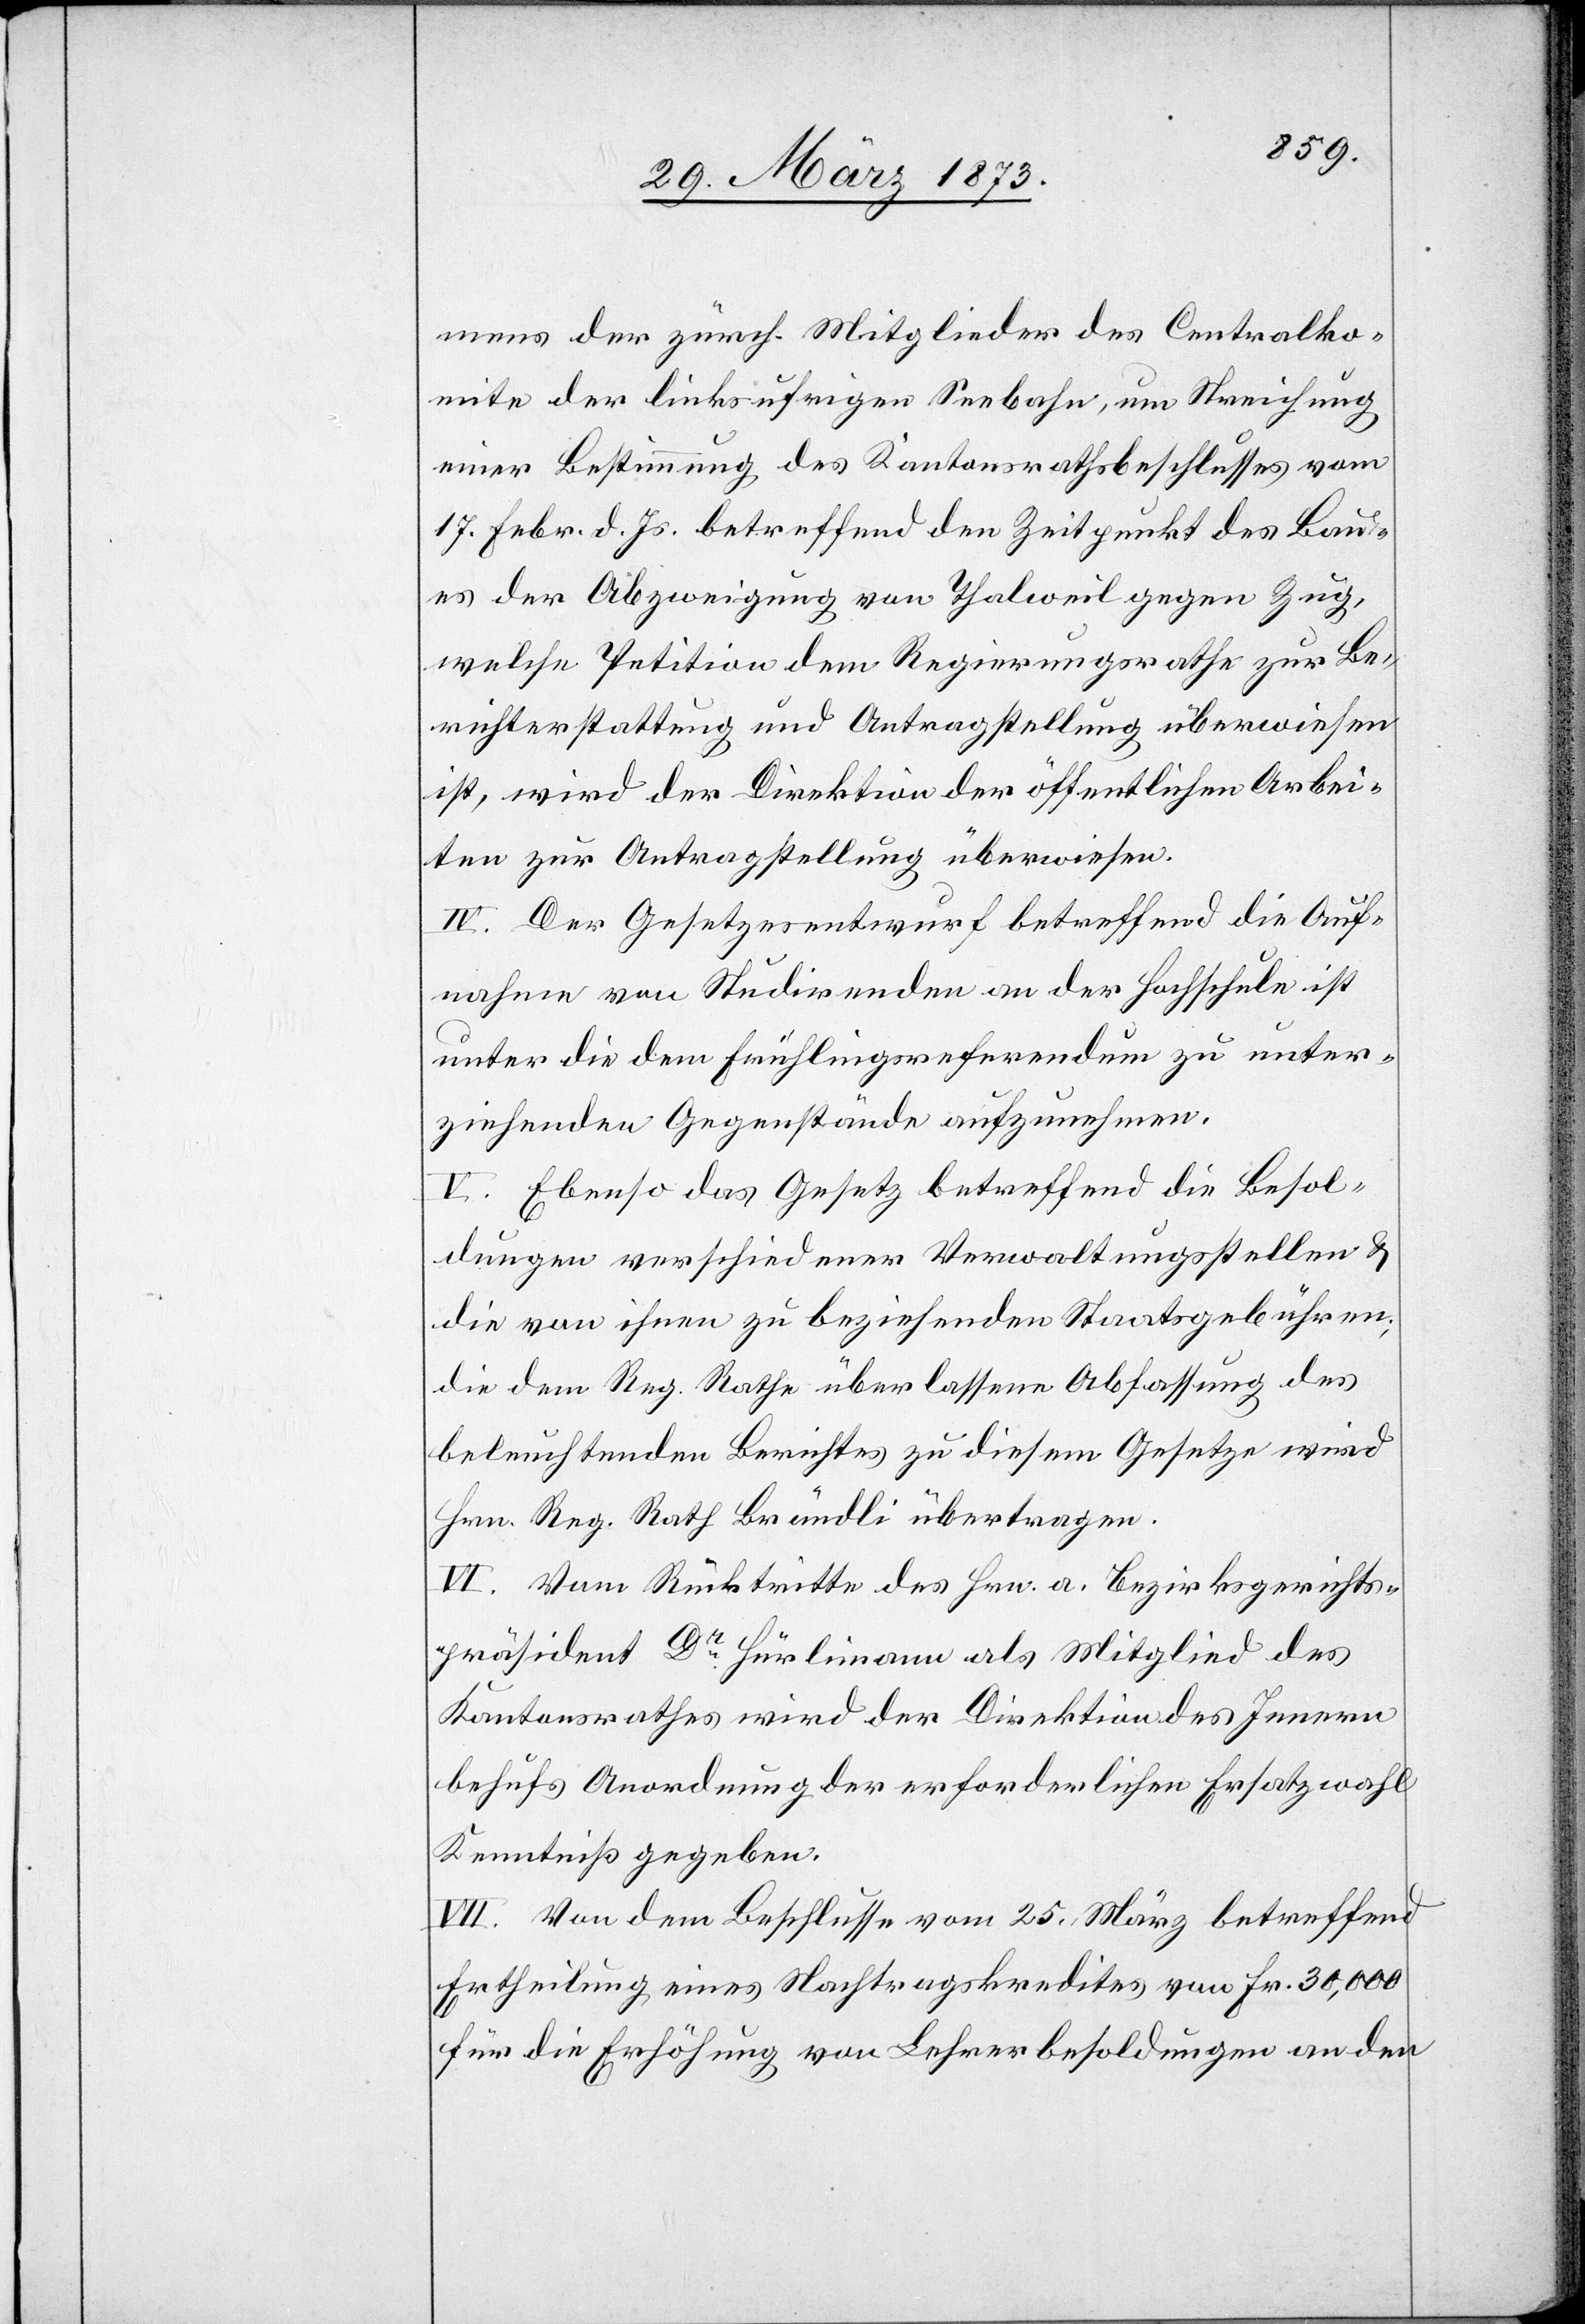
mens der zürch. Mitglieder des Centralko¬
mite der linksufrigen Seebahn, um Streichung
einer Bestimmung des Kantonsrathsbeschlusses vom
17. Febr. d. Js. betreffend den Zeitpunkt des Bau¬
es der Abzweigung von Thalweil gegen Zug,
welche Petition dem Regierungsrathe zur Be¬
richterstattung und Antragstellung überwiesen
ist, wird der Direktion der öffentlichen Arbei¬
ten zur Antragstellung überwiesen.
IV. Der Gesetzesentwurf betreffend die Auf¬
nahme von Studirenden an der Hochschule ist
unter die dem Frühlingsreferendum zu unter¬
ziehenden Gegenstände aufzunehmen.
V. Ebenso das Gesetz betreffend die Besol¬
dungen verschiedener Verwaltungsstellen u.
die von ihnen zu beziehenden Staatsgebühren;
die dem Reg. Rathe überlassene Abfassung des
beleuchtenden Berichtes zu diesem Gesetze wird
Hrn. Reg. Rath Brändli übertragen.
VI. Vom Rücktritte des Hrn. a. Bezirksgerichts¬
präsident Dr Hürlimann als Mitglied des
Kantonsrathes wird der Direktion des Innern
behufs Anordnung der erforderlichen Ersatzwahl
Kenntniß gegeben.
VII. Von dem Beschlusse vom 25. März betreffend
Ertheilung eines Nachtragskredites von Fr. 30,000
für die Erhöhung von Lehrerbesoldungen an den